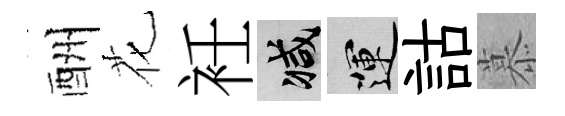
酬花衽减運詁慕